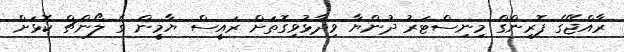
ރާއްޖޭގެ ފޮރިންގް މިނިސްޓަރު ދުންޔާ ވިދާޅުވިގޮތަށް ރައީސް ޔާމީން ގެ ލޯންޗް ކޮޅަށް